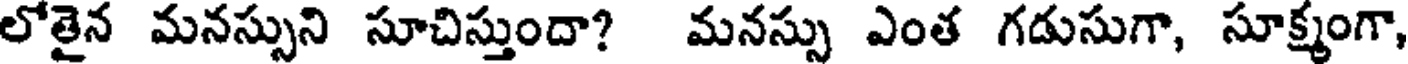
లోతైన మనస్సుని సూచిస్తుందా? మనస్సు ఎంత గడుసుగా, సూక్ష్మంగా,